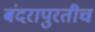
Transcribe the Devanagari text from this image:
बंदरापुरतीच